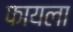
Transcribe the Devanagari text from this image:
फायला